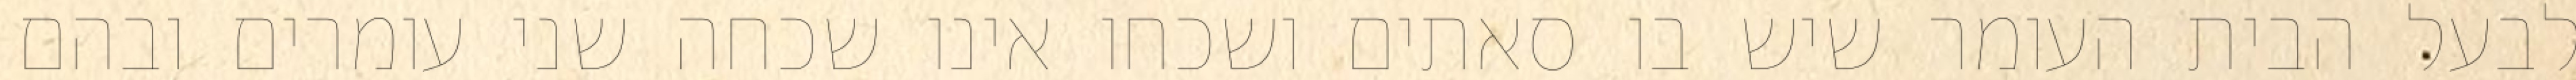
לבעל הבית העומר שיש בו סאתים ושכחו אינו שכחה שני עומרים ובהם